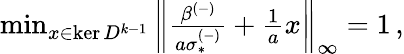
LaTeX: \begin{array}{r}{\operatorname*{min}_{x\in\ker D^{k-1}}\left\lVert\frac{\beta^{(-)}}{a\sigma_{*}^{(-)}}+\frac{1}{a}x\right\rVert_{\infty}=1\, ,}\end{array}